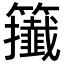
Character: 𥷪